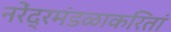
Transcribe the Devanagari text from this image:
नरेंद्रमंडळाकरितां